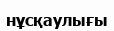
нұсқаулығы